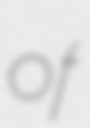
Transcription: of